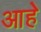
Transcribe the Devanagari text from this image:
आहेे